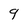
Character: 9